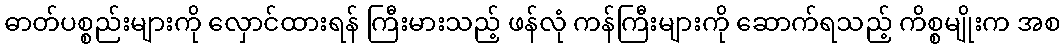
ဓာတ်ပစ္စည်းများကို လှောင်ထားရန် ကြီးမားသည့် ဖန်လုံ ကန်ကြီးများကို ဆောက်ရသည့် ကိစ္စမျိုးက အစ